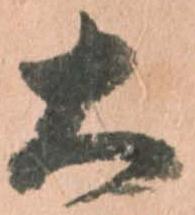
大